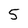
Character: 5